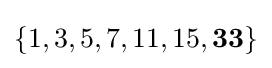
\{1,3,5,7,11,15,\mathbf {33} \}